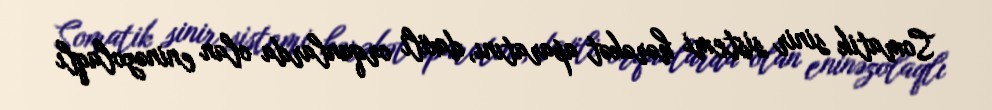
Somatik sinir sistemi hərəkət aparatını, daxili orqanlarda olan eninəzolaqlı